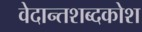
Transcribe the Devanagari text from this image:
वेदान्तशब्दकोश